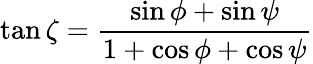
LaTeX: \tan\zeta=\frac{\sin\phi+\sin\psi}{1+\cos\phi+\cos\psi}